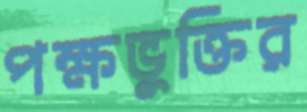
পক্ষভুক্তির